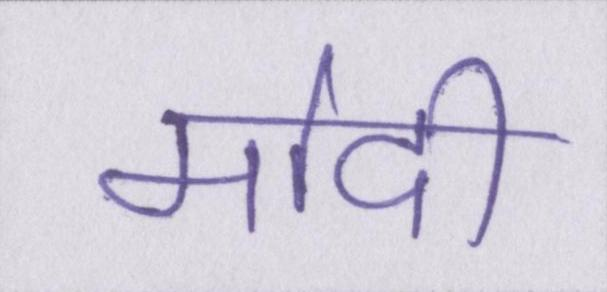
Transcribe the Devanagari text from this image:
मोदी